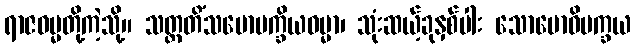
ရာဇဓမ္မတို့ကဲ့သို့။ သတ္တတိံသဗောပက္ခိယဓမ္မာ၊ သုံးဆယ့်ခုနှစ်ပါး သောဗောဓိပက္ခယ